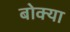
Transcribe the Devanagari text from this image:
बोक्‍या